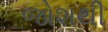
જોશથી